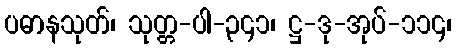
ပဓာနသုတ်၊ သုတ္တ-ပါ-၃၄၁၊ ဋ္ဌ-ဒု-အုပ်-၁၁၄၊